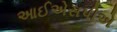
આઈએસપીએ